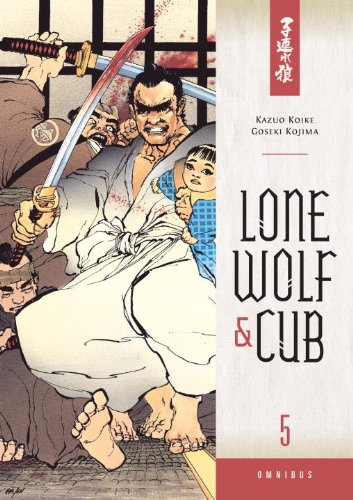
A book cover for Lone Wolf and Cub Omnibus Volume 5; Kazuo Koike; Comics & Graphic Novels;